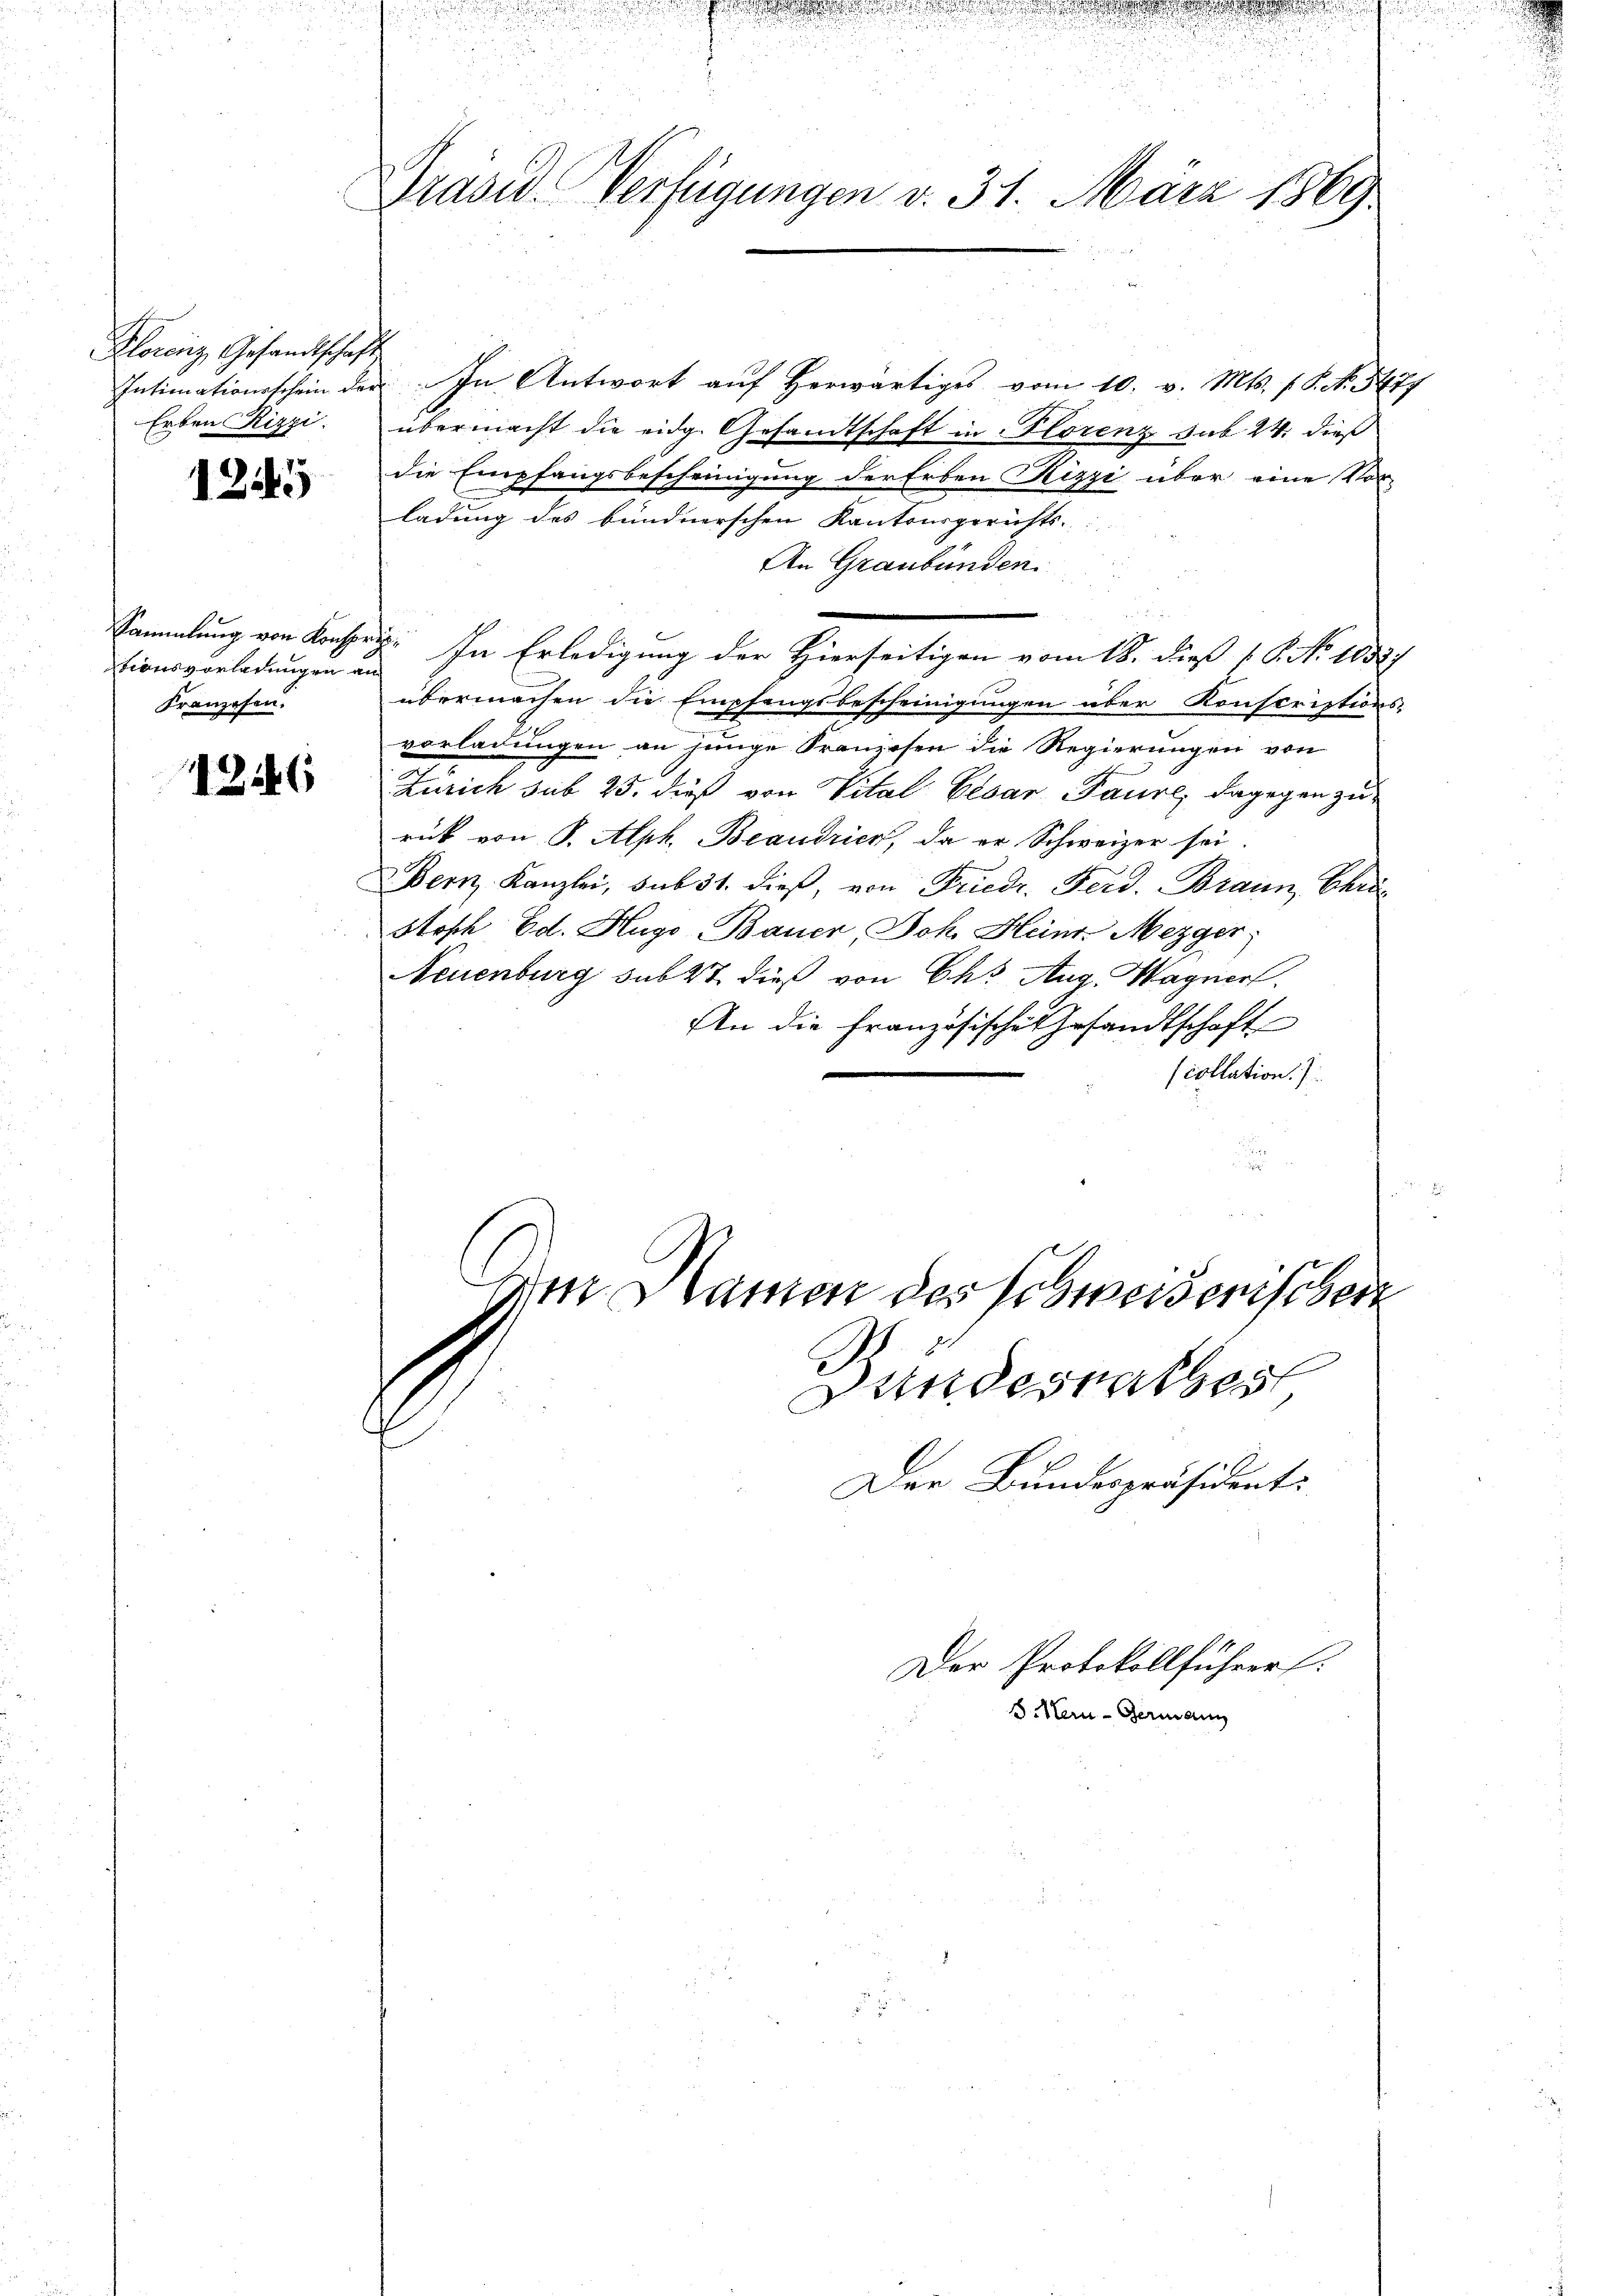
Florenz, Gesandtschaft
Erben Rizzi.

1245

tionsvorladungen an
Franzosen.

1246

e

u

d
Präsid. Verfügungen v. 31. März 1889

Intimationsschein der In Antwort auf herwärtiges vom 10. v. Mts. (T. No. 3477
übermacht die eidg. Gesandtschaft in Florenz sub 24. dieß
die Empfangsbescheinigung der Erben Kizzi über eine Vor-
ladung des bundnerschen Kantonsgerichts-
An Graubünden.
Sammlung von Konsen. In Erledigung der Hierseitigen vom 18. dieß 1 S. No 1052/
übermachen die Empfangsbescheinigungen über Konscriptions-
vorladungen an junge Franzosen die Regierungen von
Zürich sub 25. dieß von Vital Cesar Paure, dagegen zu-
rück von S. Alph. Beaudrier, da er Schweizer sei.
Bern Kanzlei, sub 31. dieß, von Friedr. Ferd. Braun, Chri¬
Stoph Ed. Hugo Bauer, Joh. Heinr. Mezger,
Neuenburg sub 27 dieß von Chr. Aug. Wagner.
An die Französische Gesandtschaft
e
scollation.

de Damen des Schweizerischen

undesrathes
Der Bundespräsident:
Der Protokollführer
S. Neu - Germann